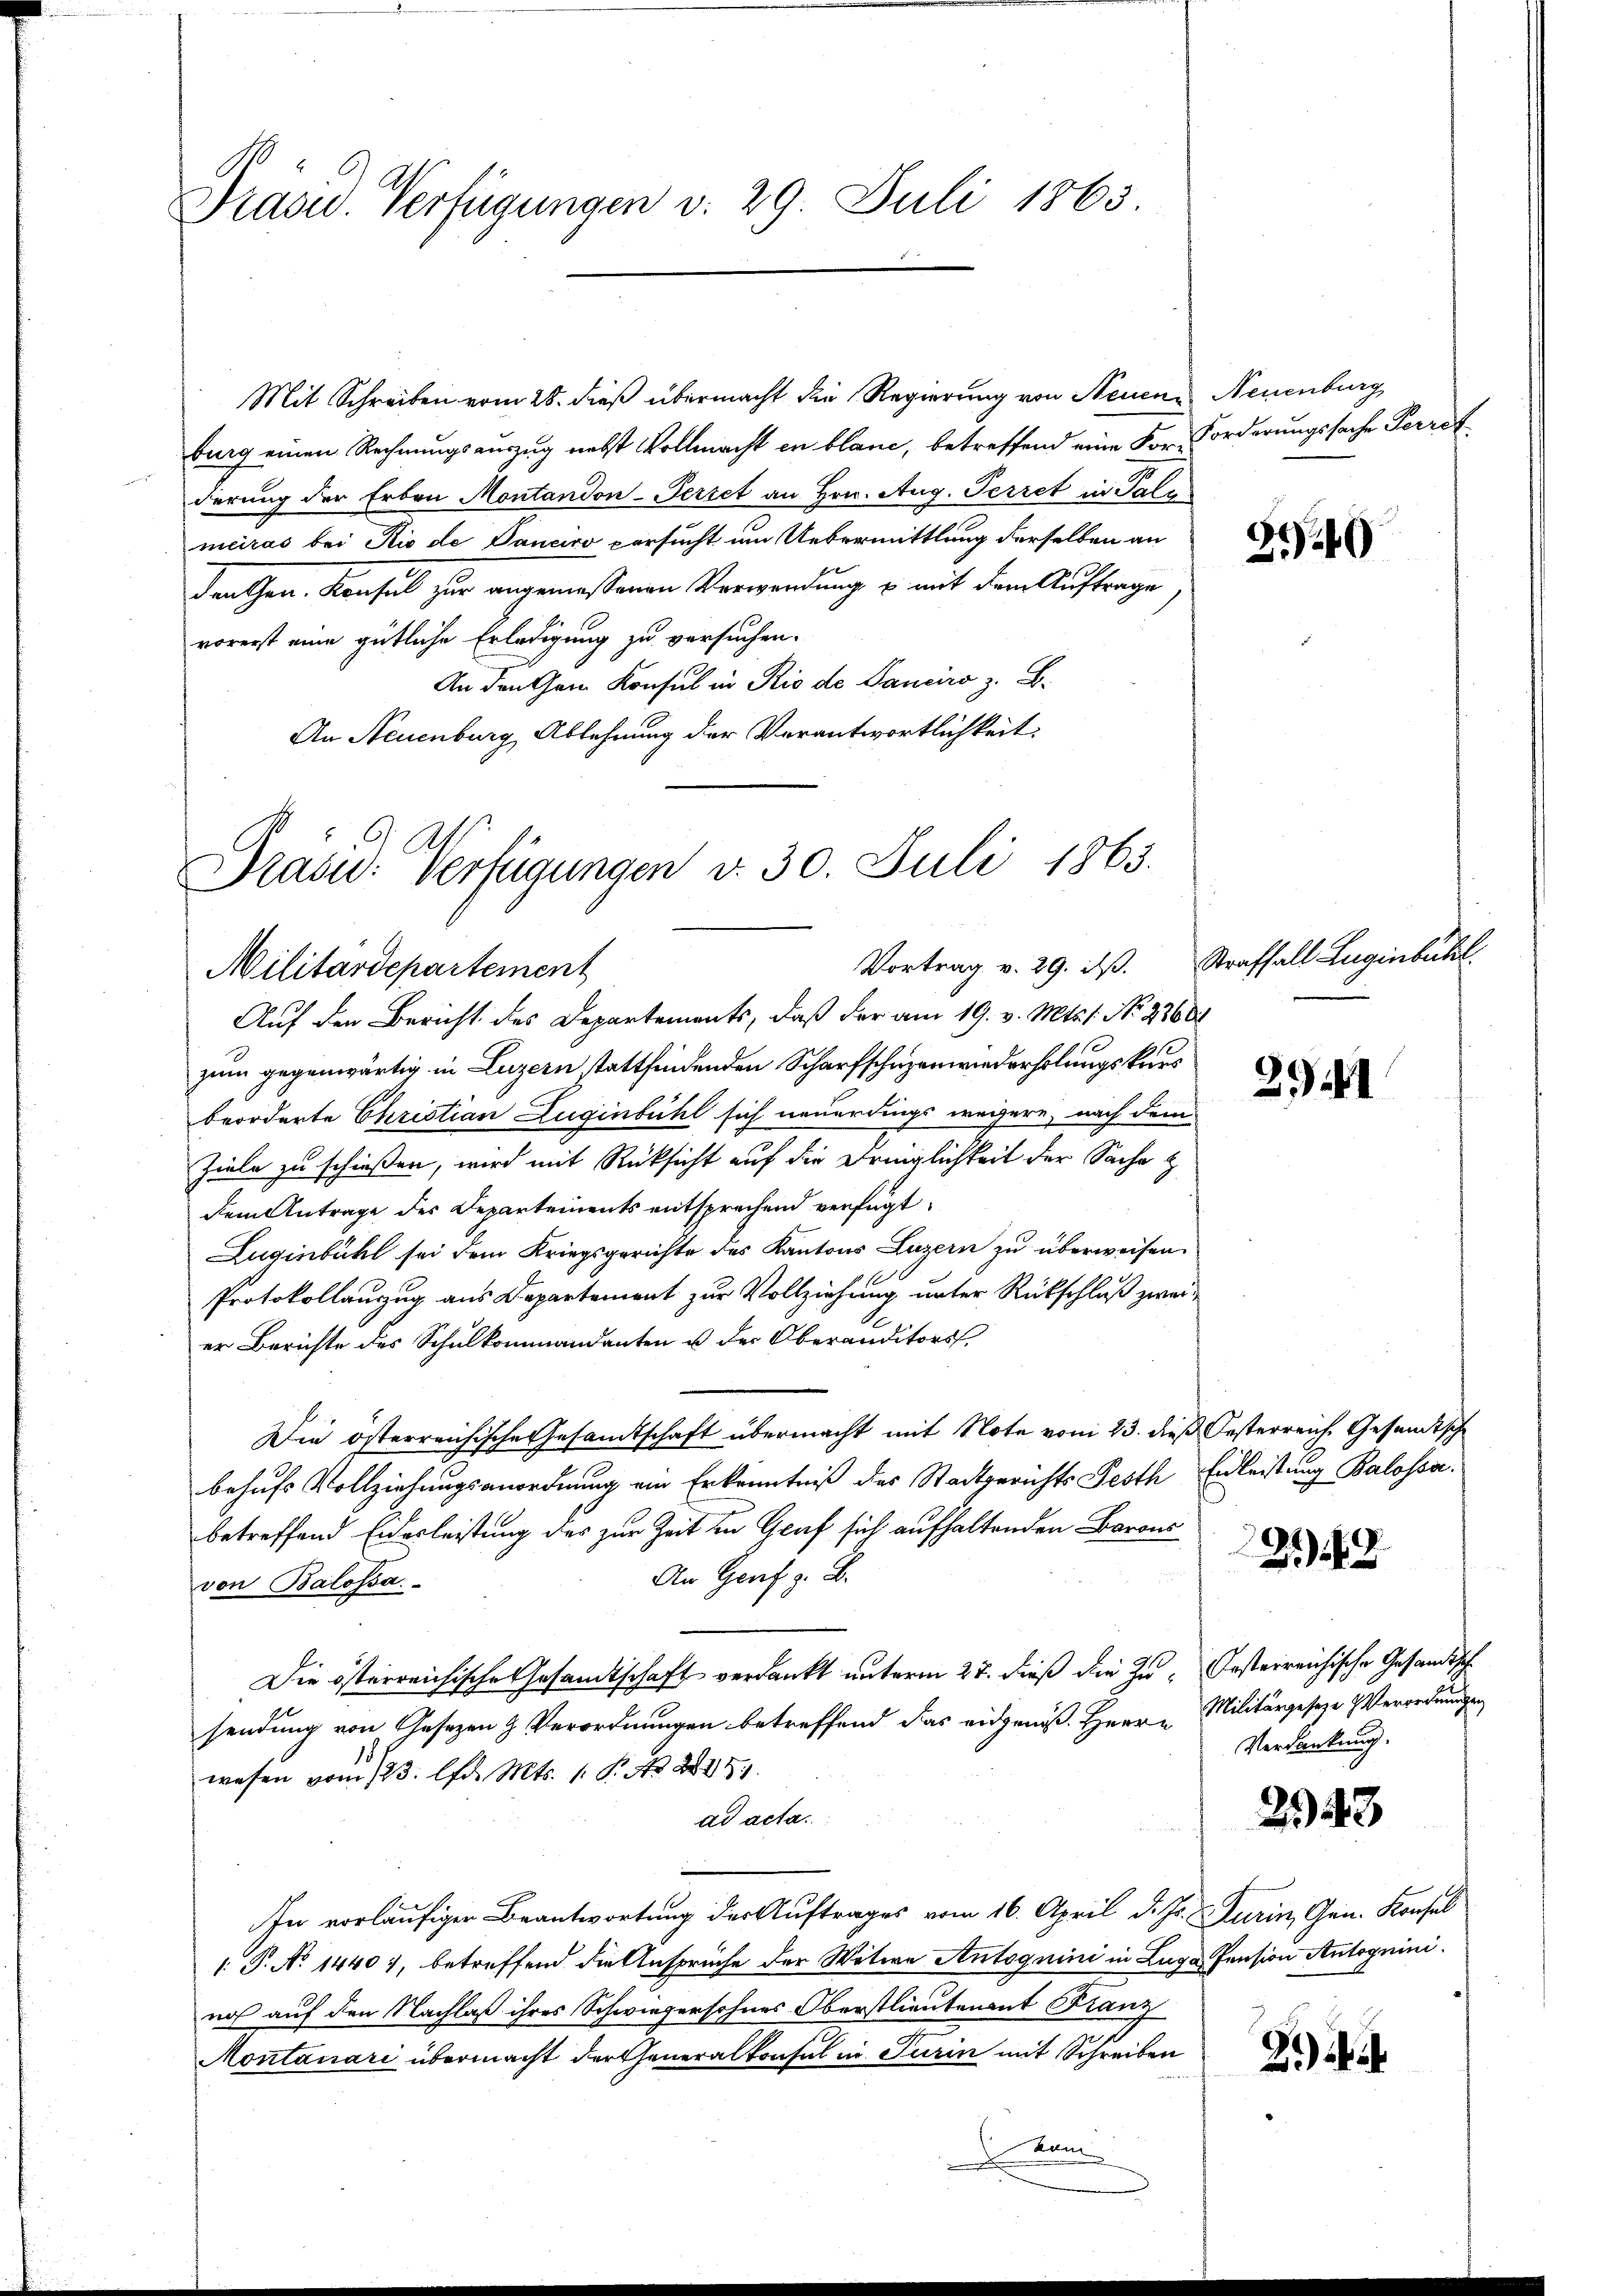
Präsid. Verfügungen v. 29. Juli 1863.

Mit Schreiben vom 28. dieß übermacht die Regierung von Neuen Neuenburg
burg einen Rechnungsauszug nebst Vollmacht in blanc, betreffend eine For-Forderungssache Perrot
derung der Erben Montandon-Periet an Hrn. Aug. Perret in Palm
mciras bei Rio de Daneiro versucht um Uebermittlung derselben an
den Gen. Konsul zur angemessenen Verwendung u. mit dem Auftrage
vorerst eine gütliche Erledigung zu versuchen.
An den Gem Konsul in Rio de Panciso z. B.
An Neuenburg Ablehnung der Verantwortlichkeit:

Präsid. Verfügungen d. 30. Juli 1863.
Vortrag v. 29. ds.
Militärdepartement
Auf den Bericht des Departements, daß der am 19. v. Mts. s. No. 2760

zum gegenwärtig in Luzern stattfindenden Scharfschuzenwiederholungskaus
beorderte Christian Zuginbühl sich neuerdings weigere, nach dem
Ziele zu schießen, wird mit Rücksicht auf die Dringlichkeit der Sache z
dem Antrage des Departements entsprechend verfügt:
Luginbühl sei dem Kriegsgerichte des Kantons Luzern zu überweisen.
Protokollauszug aus Departement zur Vollziehung unter Rückschluß zwei
er Berichte des Schulkommandanten u der Oberanditors,
Die österreichische Gesamtschaft übermacht mit Note vom 23. dieß Oesterreich. Gesandtsche
behufs Vollziehungsanordnung ein Erkenntniß des Stadtgerichts Festh Endleistung Balossa.
betreffend Eidesleistung des zur Zeit in Graf sich aufhaltenden Barons
An Genf z. B.
von Balossa
Die österreichische Gesandtschaft verdankt unterm 27. dieß die Zu- Oesterreichische Gesandtsche
sendung von Gesetzen & Verordnungen betreffend das eidgenöß. Herr Militärgeseze Verordnungen
wesen vom 123. lfd. Mts. 1. P. A. 215.
ad acta.
In vorläufiger Beantwortung der Auftrages vom 16. April d. Js. Turin, Gen. Konsel
 P. No 1440), betreffend die Ansprüche der Witwe Antoquini in Luga Pension Antogniniros auf den Nachlaß ihres Schwiegersohnes Oberstlieutenant Franz
Montanari übermacht der Generalkonsul in Turin mit Schreiben
am

340

Straffall Zugenbuch.

2941

21)

Verdankung.

243

2.)